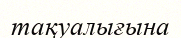
тақуалығына